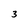
Character: 3